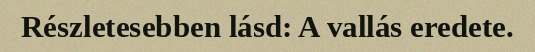
Részletesebben lásd: A vallás eredete.